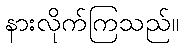
နားလိုက်ကြသည်။